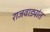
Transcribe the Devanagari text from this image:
राजवाड्यांत